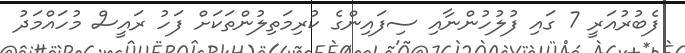
ފެބުރުއަރީ 7 ގައި ފުލުހުންނާއި ސިފައިންގެ ކުރިމަތިލުންތަކަށް ފަހު ރައީސް މުހައްމަދު